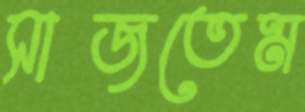
সাজতেম